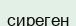
сиреген